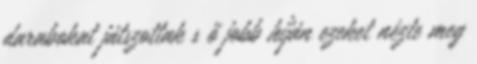
darabokat játszottak s ő jobb híján ezeket nézte meg